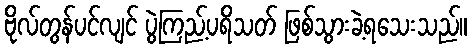
ဗိုလ်တွန်ပင်လျင် ပွဲကြည့်ပရိသတ် ဖြစ်သွားခဲ့ရသေးသည်။